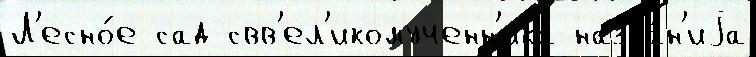
Л'есно́е сад свв'ел'икомученн'ика назва́н'иjа